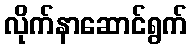
လိုက်နာဆောင်ရွက်